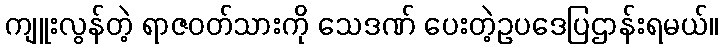
ကျူးလွန်တဲ့ ရာဇဝတ်သားကို သေဒဏ် ပေးတဲ့ဥပဒေပြဌာန်းရမယ်။